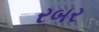
રબર